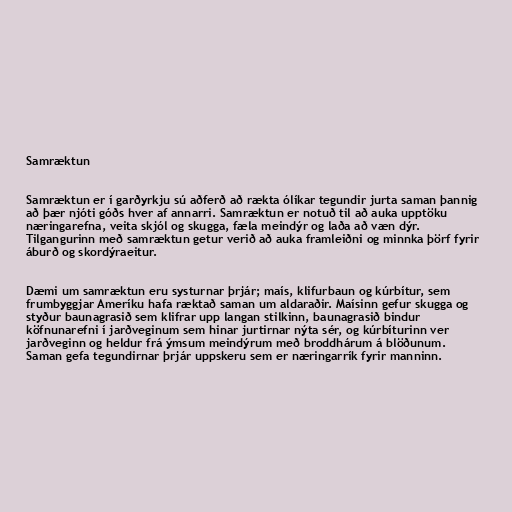
Samræktun

Samræktun er í garðyrkju sú aðferð að rækta ólíkar tegundir jurta saman þannig
að þær njóti góðs hver af annarri. Samræktun er notuð til að auka upptöku
næringarefna, veita skjól og skugga, fæla meindýr og laða að væn dýr.
Tilgangurinn með samræktun getur verið að auka framleiðni og minnka þörf fyrir
áburð og skordýraeitur.

Dæmi um samræktun eru systurnar þrjár; maís, klifurbaun og kúrbítur, sem
frumbyggjar Ameríku hafa ræktað saman um aldaraðir. Maísinn gefur skugga og
styður baunagrasið sem klifrar upp langan stilkinn, baunagrasið bindur
köfnunarefni í jarðveginum sem hinar jurtirnar nýta sér, og kúrbíturinn ver
jarðveginn og heldur frá ýmsum meindýrum með broddhárum á blöðunum.
Saman gefa tegundirnar þrjár uppskeru sem er næringarrík fyrir manninn.